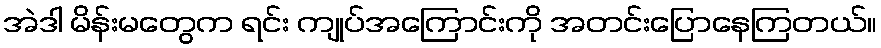
အဲဒါ မိန်းမတွေက ရင်း ကျုပ်အကြောင်းကို အတင်းပြောနေကြတယ်။